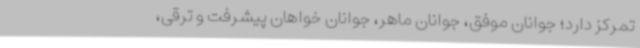
تمرکز دارد؛ جوانان موفق، جوانان ماهر، جوانان خواهان پیشرفت و ترقی،